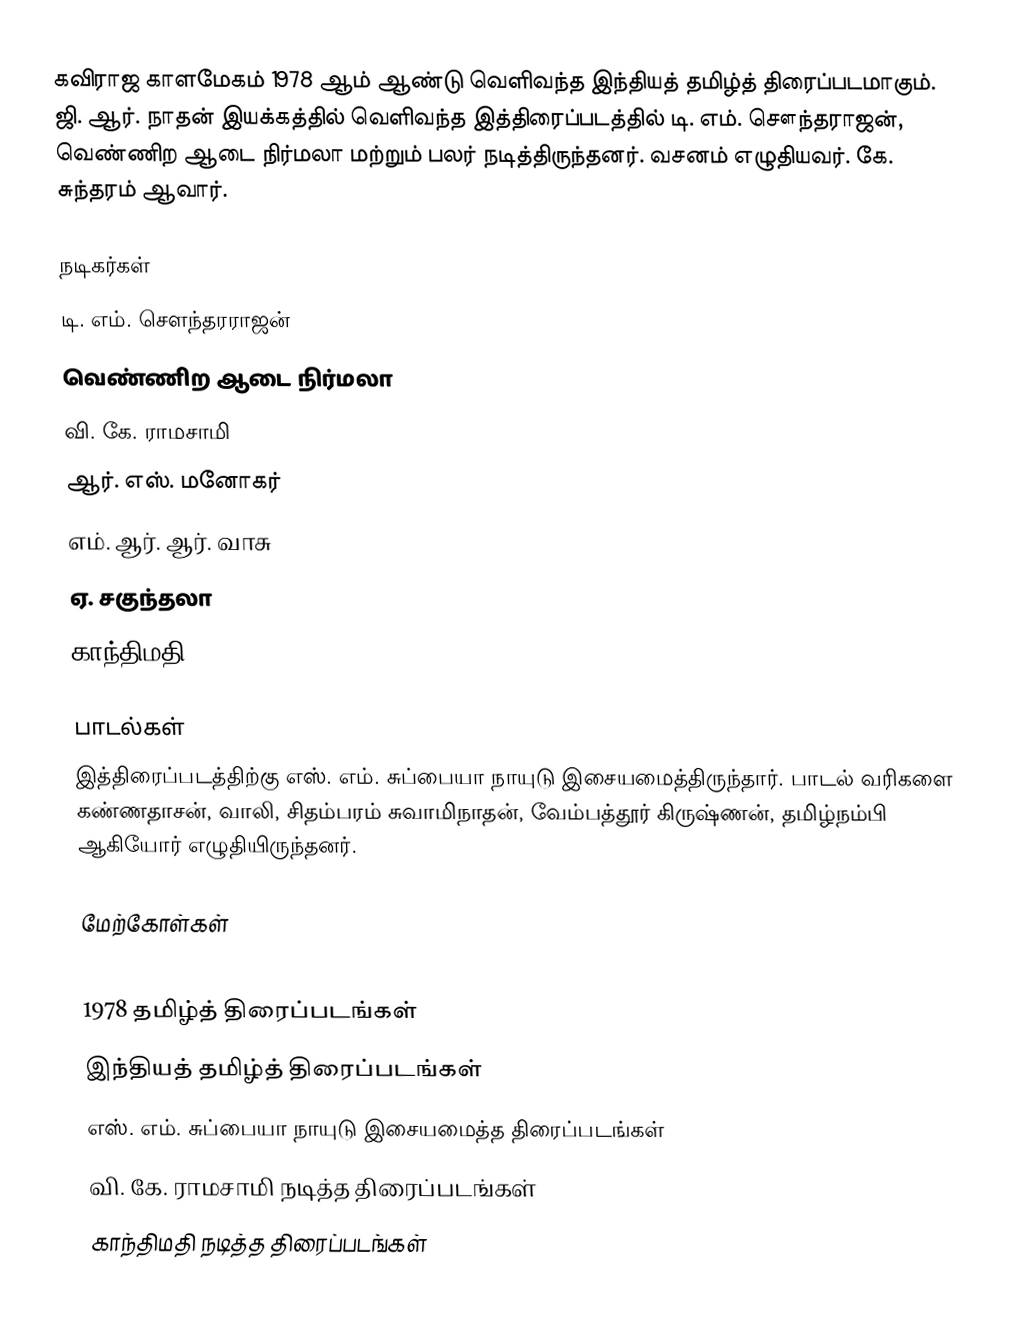
கவிராஜ காளமேகம் 1978 ஆம் ஆண்டு வெளிவந்த இந்தியத் தமிழ்த் திரைப்படமாகும். ஜி. ஆர். நாதன் இயக்கத்தில் வெளிவந்த இத்திரைப்படத்தில் டி. எம். சௌந்தராஜன், வெண்ணிற ஆடை நிர்மலா மற்றும் பலர் நடித்திருந்தனர். வசனம் எழுதியவர். கே. சுந்தரம் ஆவார்.

நடிகர்கள்
 டி. எம். சௌந்தரராஜன்
 வெண்ணிற ஆடை நிர்மலா
 வி. கே. ராமசாமி
 ஆர். எஸ். மனோகர்
 எம். ஆர். ஆர். வாசு
 ஏ. சகுந்தலா
 காந்திமதி

பாடல்கள்
இத்திரைப்படத்திற்கு எஸ். எம். சுப்பையா நாயுடு இசையமைத்திருந்தார். பாடல் வரிகளை கண்ணதாசன், வாலி, சிதம்பரம் சுவாமிநாதன், வேம்பத்தூர் கிருஷ்ணன், தமிழ்நம்பி ஆகியோர் எழுதியிருந்தனர்.

மேற்கோள்கள்

1978 தமிழ்த் திரைப்படங்கள்
இந்தியத் தமிழ்த் திரைப்படங்கள்
எஸ். எம். சுப்பையா நாயுடு இசையமைத்த திரைப்படங்கள்
வி. கே. ராமசாமி நடித்த திரைப்படங்கள்
காந்திமதி நடித்த திரைப்படங்கள்